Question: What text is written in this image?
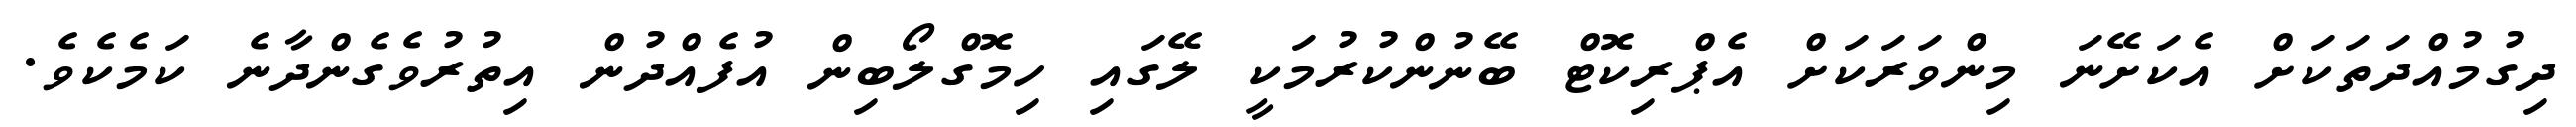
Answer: ދިގުމުއްދަތަކަށް އެކަށޭނަ މިންވަރަކަށް އެޕްރިކޮޓް ބޭނުންކުރުމަކީ ލޭގައި ހިމޮގްލޯބިން އުފެއްދުން އިތުރުވެގެންދާނެ ކަމެކެވެ.